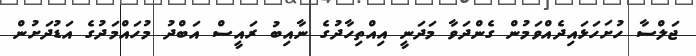
ޖަލްސާ ހުށަހަޅައިދެއްވަމުން ގެންދަވާ މަދަނީ އިއްތިހާދުގެ ނާއިބު ރައީސް އަބްދު މުހައްމަދުގެ އަޑުދަށުން